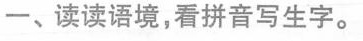
一、读读语境，看拼音写生字。